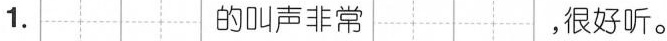
1.的叫声非常 ，很好听。